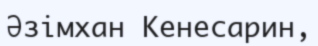
Әзімхан Кенесарин,